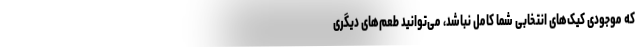
که موجودی کیک‌های انتخابی شما کامل نباشد، می‌توانید طعم‌های دیگری